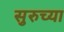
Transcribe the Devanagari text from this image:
सुरुच्या